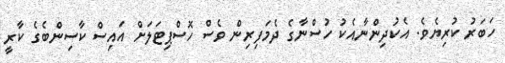
ހަބަރު ކުރިޔެވެ. އެކުދިންނާއެކު ހުސްނާގެ ދެމަފިރިން ވެސް ހޮސްޕިޓަލަށް އައިސް ކާސިންބެގެ ކާރީ